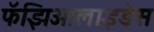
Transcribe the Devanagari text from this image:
फॅझिओलाइडेस